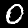
Label: 0